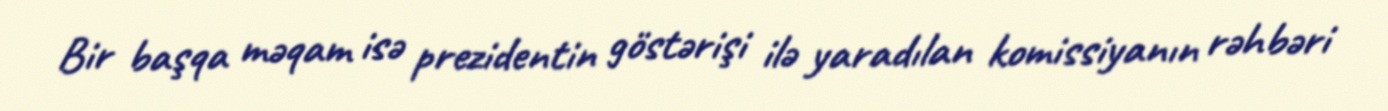
Bir başqa məqam isə prezidentin göstərişi ilə yaradılan komissiyanın rəhbəri